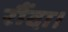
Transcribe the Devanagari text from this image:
रौंदा।